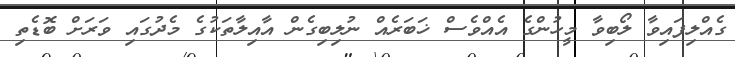
ގެއްލިފައިވާ ލޯބިވާ މީހުންގެ އެއްވެސް ޚަބަރެއް ނުލިބިގެން އާއިލާތަކުގެ މެދުގައި ވަރަށް ބޮޑެތި